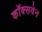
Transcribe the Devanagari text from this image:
कॉक्सवेन